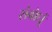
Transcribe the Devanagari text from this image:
संबोधूं